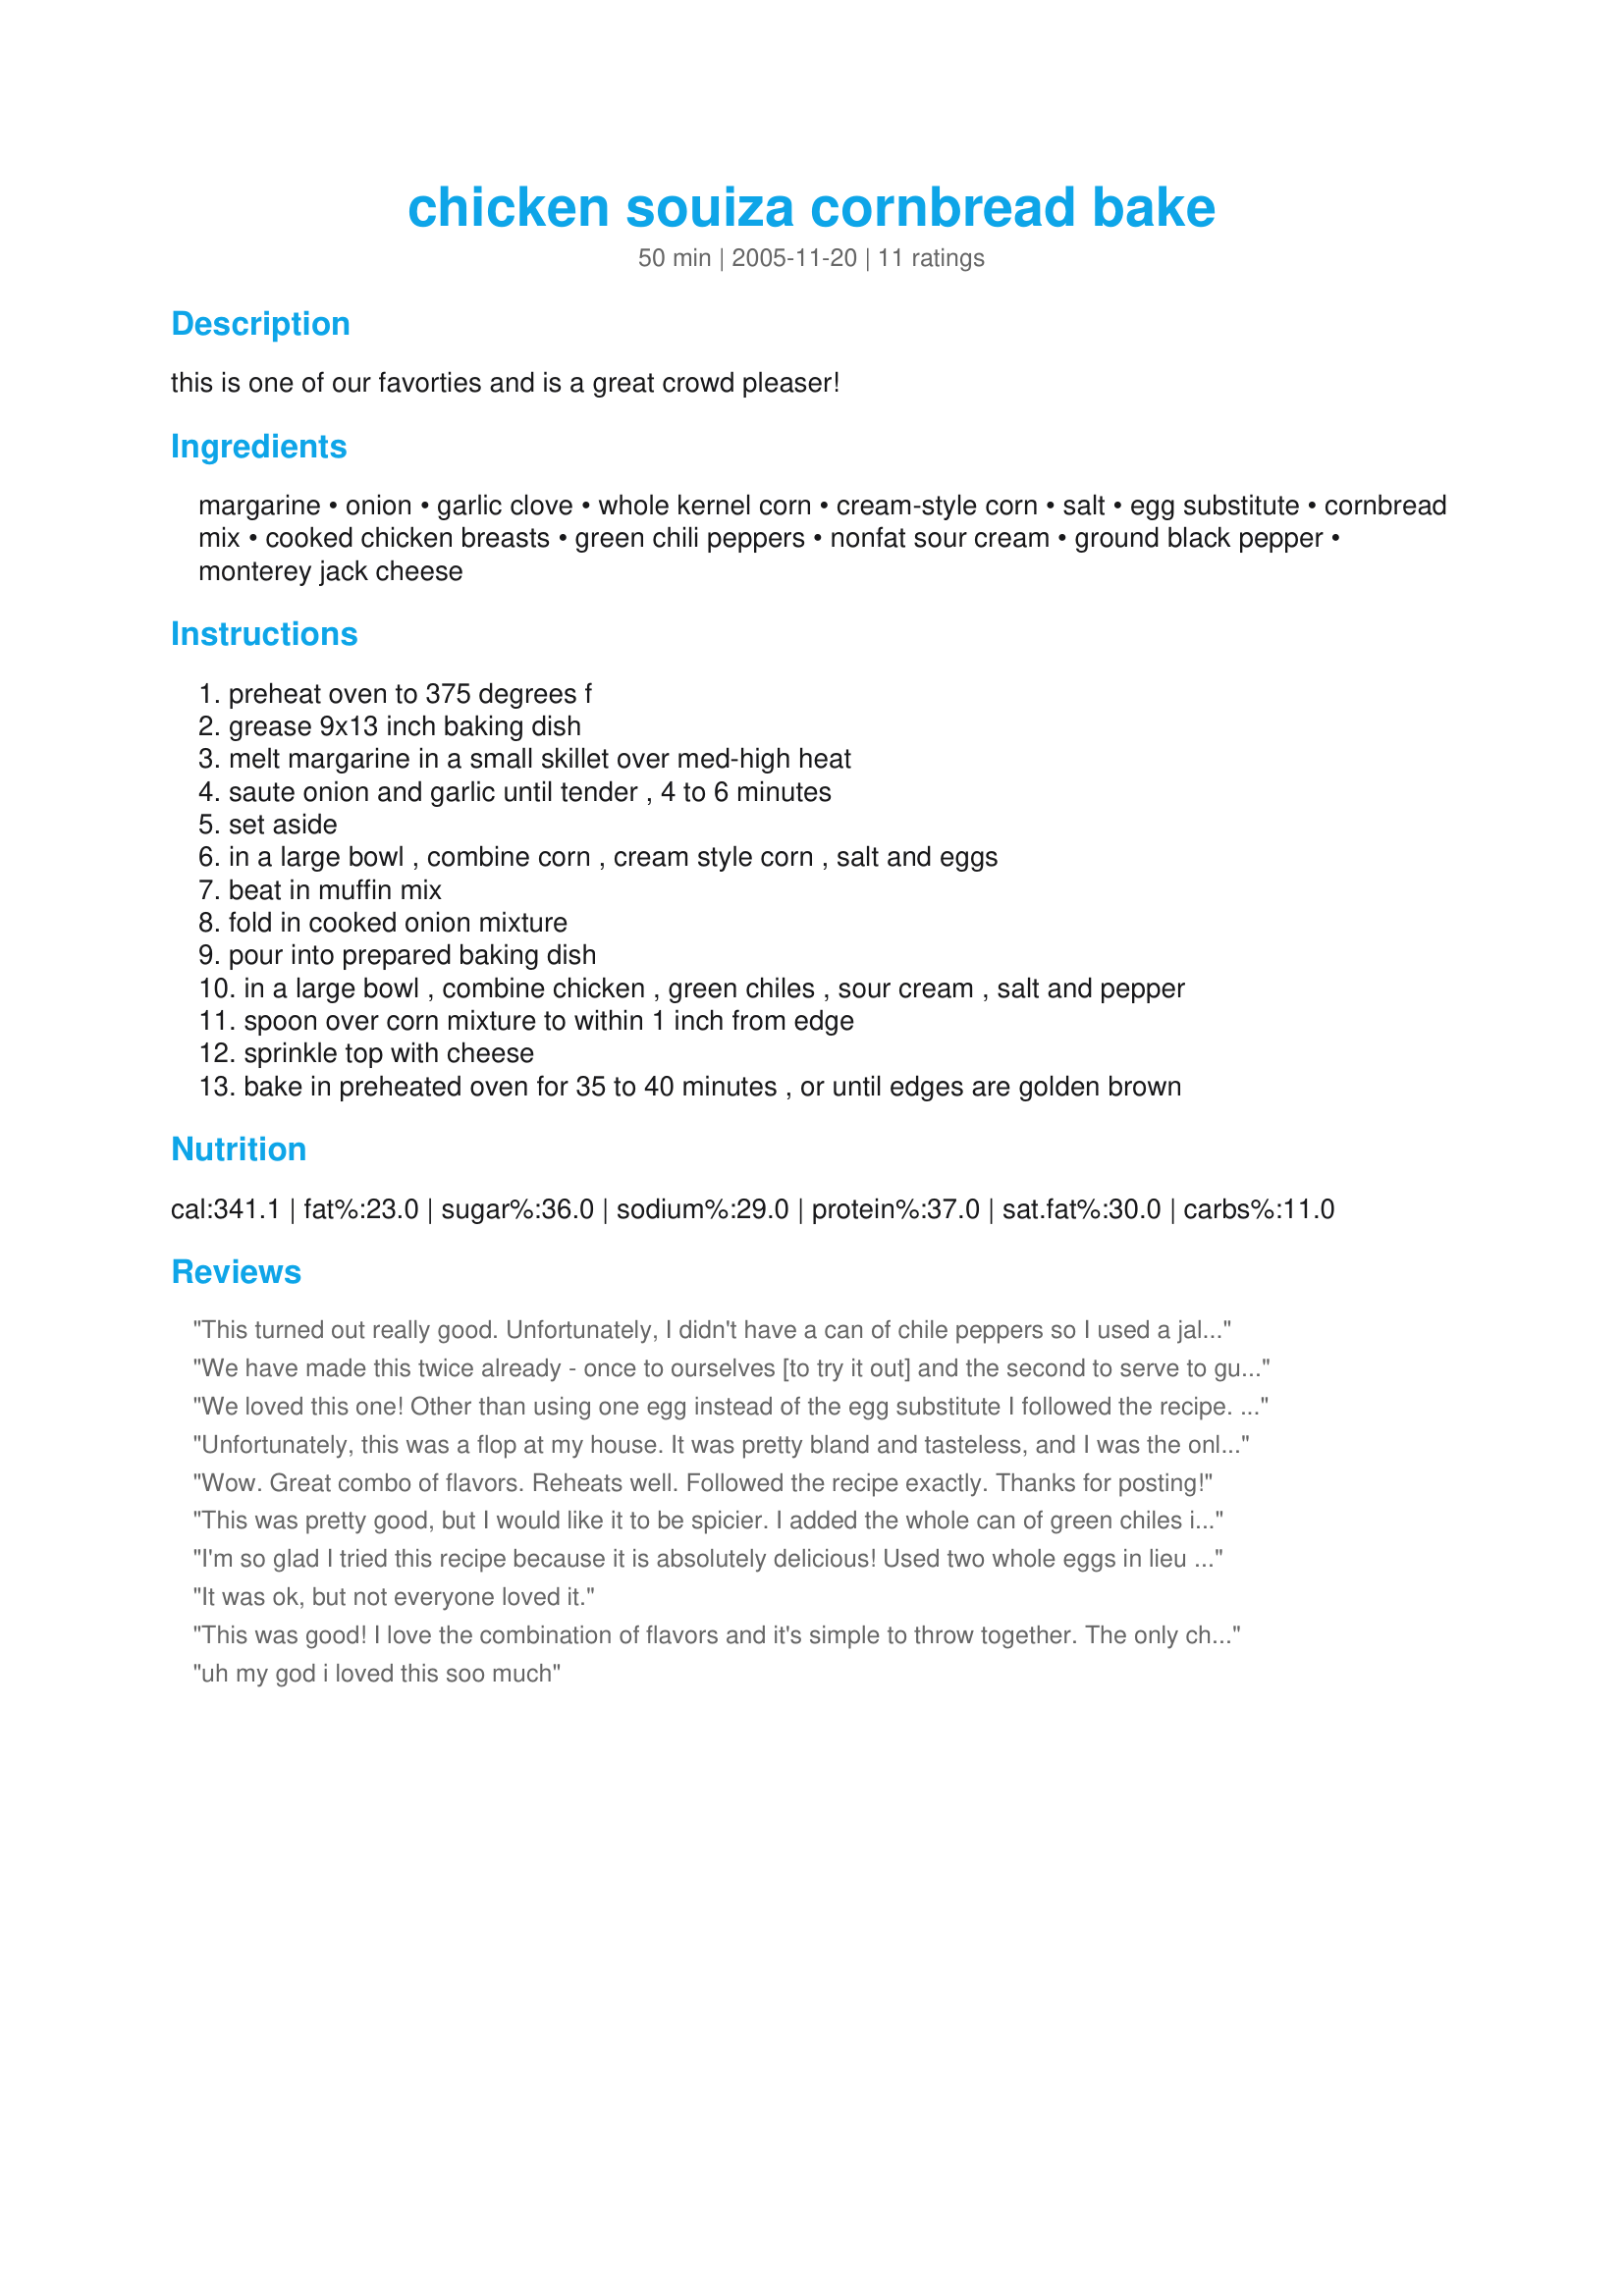
chicken souiza cornbread bake
Preparation time: 50 minutes

this is one of our favorties and is a great crowd pleaser!

Ingredients:
margarine, onion, garlic clove, whole kernel corn, cream-style corn, salt, egg substitute, cornbread mix, cooked chicken breasts, green chili peppers, nonfat sour cream, ground black pepper, monterey jack cheese

Steps:
preheat oven to 375 degrees f, grease 9x13 inch baking dish, melt margarine in a small skillet over med-high heat, saute onion and garlic until tender , 4 to 6 minutes, set aside, in a large bowl , combine corn , cream style corn , salt and eggs, beat in muffin mix, fold in cooked onion mixture, pour into prepared baking dish, in a large bowl , combine chicken , green chiles , sour cream , salt and pepper, spoon over corn mixture to within 1 inch from edge, sprinkle top with cheese, bake in preheated oven for 35 to 40 minutes , or until edges are golden brown

Reviews:
This turned out really good. Unfortunately, I didn't have a can of chile peppers so I used a jalapeno diced. I knew I'd be missing out on some of the flavor that the chiles with their liquid gives, but I'm sure my hubby liked the heat from the jalapeno. I used chicken off the bone from a roasted chicken I picked up at the store. I added a bit of hot sauce to the sour cream mixture since I felt I might be lacking flavor without the canned chiles. I served it with guacamole...then leftover lime that I had from making the guacamole...I squeezed a little bit on top of each piece of the casserole before serving...it added an extra little kick. Can't wait to try it with canned chiles. Thanks!!!
We have made this twice already - once to ourselves [to try it out] and the second to serve to guests. Amazing! And the hubby loves it too. This is excellent and such a keeper! Thanks so much for the recipe.
We loved this one! Other than using one egg instead of the egg substitute I followed the recipe. Very tasty!!
Unfortunately, this was a flop at my house. It was pretty bland and tasteless, and I was the only one who ended up finishing my plate. To be fair, I&#039;ve never made a chicken souiza bake before, though, so maybe that is what they all taste like?
Wow. Great combo of flavors. Reheats well. Followed the recipe exactly. Thanks for posting!
This was pretty good, but I would like it to be spicier. I added the whole can of green chiles instead of 2 tbsp, but I think I might try it with rotel in lieu of some or all of the creamed corn. But then I am a Texan and a spicy food addict. LOL! If you like the sweetness of the creamed corn and cornbread, you will probably LOVE this.<br/><br/>Edited to add: I took this to a party at work today and it was a pretty big hit. Like I said, if you like the sweetness of it, you'll love it! :-) I put picante sauce on mine. ;-)
I'm so glad I tried this recipe because it is absolutely delicious! Used two whole eggs in lieu of the substitute, and one fresh jalapeno pepper instead of the canned chilis. Can't wait to have some of the leftovers for lunch; it is so savory and truly a "comfort" dish!
It was ok, but not everyone loved it.
This was good! I love the combination of flavors and it's simple to throw together. The only change I made was using 2 eggs instead of the egg substitute. I'll be having the leftovers from this for lunch at work tomorrow.
uh my god i loved this soo much
Delicious casserole! The family enjoyed it topped with with sour cream and picante sauce. I used 2 eggs in place of the egg substitue, an etire 4.5 ounce can of green chilies and leftover bbq chicken (meat from 2 breasts and 2 legs). It was very much like a "cheaters" tamale. I'll make this one again and will take it to a potluck because you are right - it would server a crowd! Thanks Little Bee.
